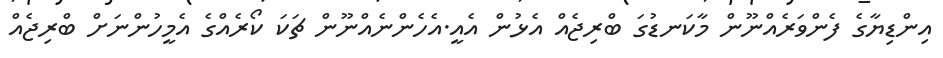
އިންޑިޔާގެ ފެންވަރެއްނޫން މާކަނޑުގަ ބްރިޖެއް އެޅުން އެއީ.އެހެންނެއްނޫން ޗަކަ ކޯރެއްގެ އެމީހުންނަށް ބްރިޖެއް